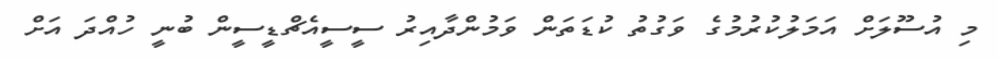
މި އުސޫލަށް އަމަލުކުރުމުގެ ވަގުތު ކުޑަތަން ވަމުންދާއިރު ސީސީއެޗްޑީސީން ބުނީ ހުއްދަ އަށް